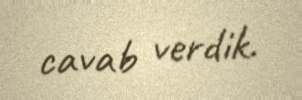
cavab verdik.